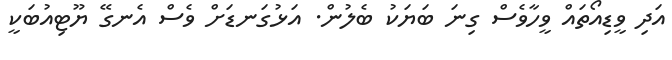
އަދި ވީޑިއޯތައް ވީހާވެސް ގިނަ ބަޔަކު ބެލުން. އަޅުގަނޑަށް ވެސް އެނގޭ ޔޫޓިއުބަކީ